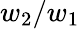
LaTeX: {w_{2}/w_{1}}